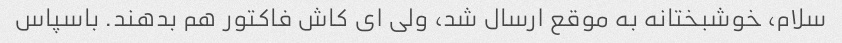
سلام، خوشبختانه به موقع ارسال شد، ولی ای کاش فاکتور هم بدهند. باسپاس